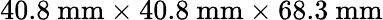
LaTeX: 40.8~\mathrm{{mm}\times 40.8~\mathrm{{mm}\times 68.3~\mathrm{{mm}}}}